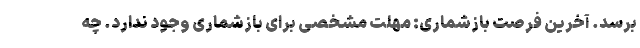
برسد. آخرین فرصت بازشماری: مهلت مشخصی برای بازشماری وجود ندارد. چه